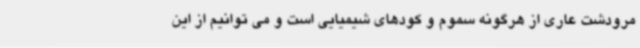
مرودشت عاری از هرگونه سموم و کودهای شیمیایی است و می توانیم از این